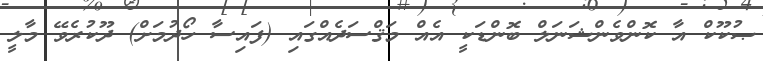
ޞުކޫކް އާ ކޮންވެންޝަނަލް ބޮންޑަކީ އެއް މަޤްސަދެއްގައި (ފައިސާ ހޯދުމަށް) ދޫކުރެވޭ މާލީ